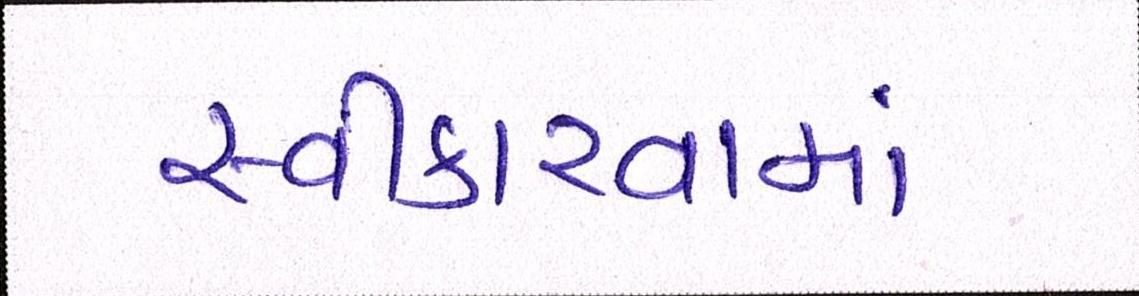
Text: સ્વીકારવામાં